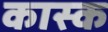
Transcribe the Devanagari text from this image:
कास्क